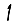
Digit: 1